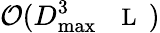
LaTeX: \mathcal{O}(D_{\mathrm{max}}^{3}{\mathrm{~\small~\mathscr~{~L~}~}})